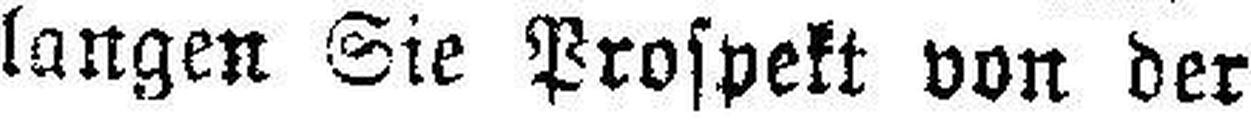
langen Sie Prospekt von der